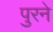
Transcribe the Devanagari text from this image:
पुरने